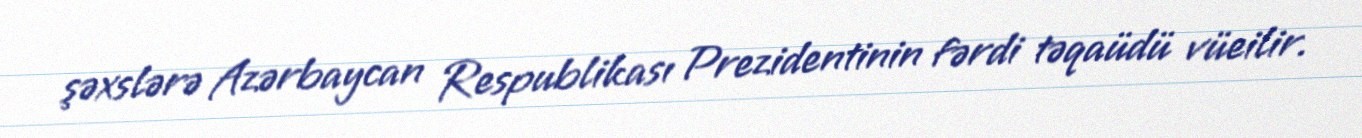
şəxslərə Azərbaycan Respublikası Prezidentinin fərdi təqaüdü vüeilir.